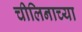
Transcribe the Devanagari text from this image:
चीलिनाच्या